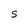
Character: S